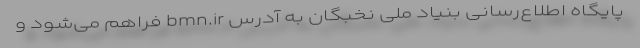
پایگاه اطلاع‌رسانی بنیاد ملی نخبگان به آدرس bmn.ir فراهم می‌شود و